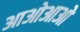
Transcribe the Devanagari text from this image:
आओआओ